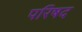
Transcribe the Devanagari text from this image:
परिषद